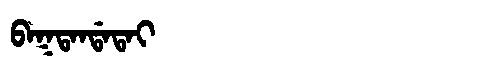
Manchu: ᠪᠠᡴᡨᠠᠨᡩᠠᡨᠠᡳ
Romanization: BAKTANDATAI